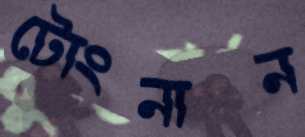
টোংনান